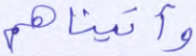
وآتيناهم